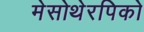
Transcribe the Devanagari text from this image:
मेसोथेरपिको